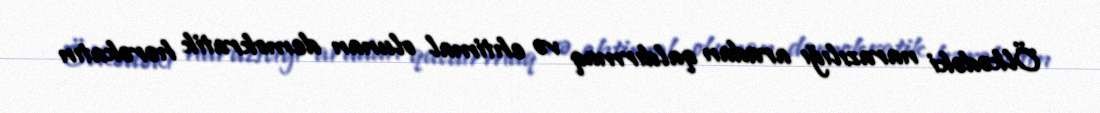
Ölkədəki narazılığı aradan qaldırmaq və ehtimal olunan demokratik hərəkatın